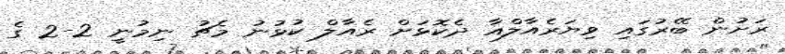
ރަށުން ބޭރުގައި ވިޔަރެއާލްއާ ދެކޮޅަށް ރެއާލް ކުޅުނު މެޗު ނިމުނީ 2-2 ގެ